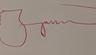
Signature authenticity: forged